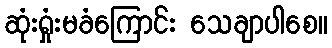
ဆုံးရှုံးမခံကြောင်း သေချာပါစေ။